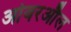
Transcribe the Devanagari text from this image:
ओवरऔल